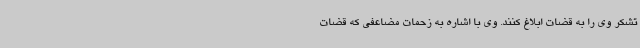
تشکر وی را به قضات ابلاغ کنند. وی با اشاره به زحمات مضاعفی که قضات